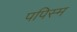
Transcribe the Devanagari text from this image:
पपिस्म